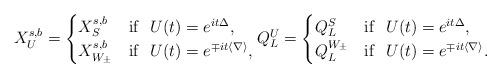
LaTeX: \begin{align*}X_{U}^{s,b}= \begin{cases} X_S^{s,b} & \mathrm{if} \ \ U(t) = e^{it\Delta},\\X_{W_{\pm}}^{s,b} & \mathrm{if} \ \ U(t) = e^{\mp it \langle \nabla \rangle},\end{cases}Q_L^{U} = \begin{cases} Q_L^{S}& \mathrm{if} \ \ U(t) = e^{it\Delta},\\Q_L^{W_{\pm}} & \mathrm{if} \ \ U(t) = e^{\mp it \langle \nabla \rangle}.\end{cases}\end{align*}